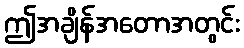
ဤအချိန်အတောအတွင်း